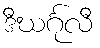
ဒီဃင်္ဂုလီ